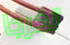
تخرجا